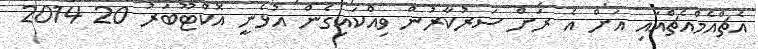
އެޗްއެމްއެޗްއައި އަށް އެ ރަށް ސަރުކާރުން ވިއްކައިގެން އުޅެނީ އޮކްޓޫބަރު 20 2014